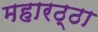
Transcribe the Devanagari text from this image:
महारठ्ठा